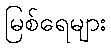
မြစ်ရေများ